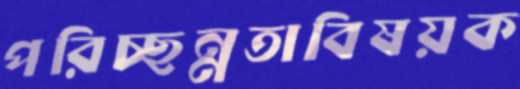
পরিচ্ছন্নতাবিষয়ক